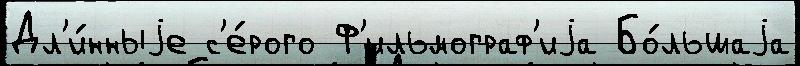
Дл'и́нныjе с'е́рого Ф'ильмограф'иjа Бо́льшаjа